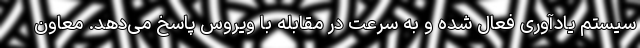
سیستم یادآوری فعال شده و به سرعت در مقابله با ویروس پاسخ می‌دهد. معاون